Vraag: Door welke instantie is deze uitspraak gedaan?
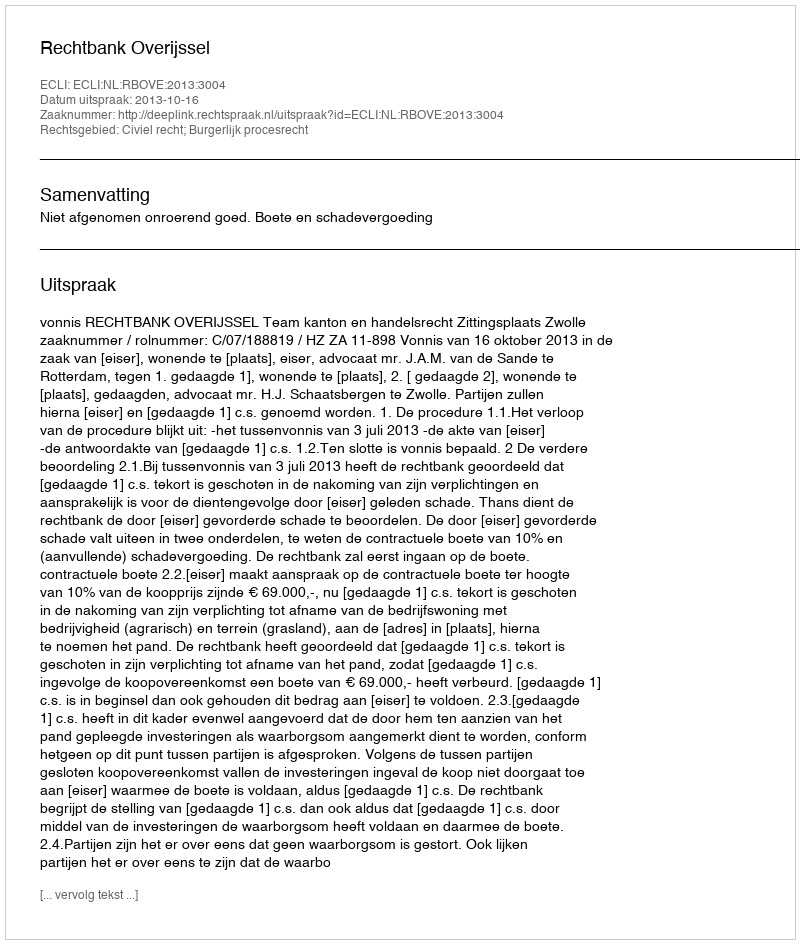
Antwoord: Rechtbank Overijssel